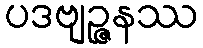
ပဒဗျဉ္ဇနဿ